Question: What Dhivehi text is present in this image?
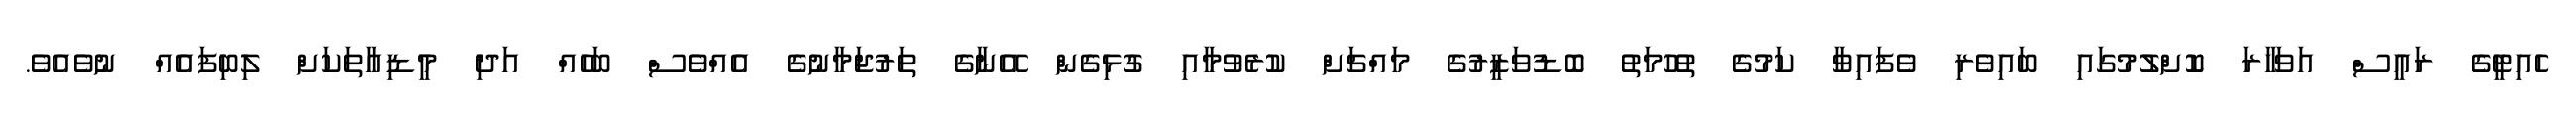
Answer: ހެއިޓީގެ ރައީސް އަވަހާރަ ކޮށްލުމުގައި ބައިވެރި ވެފައިވާ ކަމުގެ ތުހުމަތު ބޮޑުވަޒީރުގެ މައްޗަށް ކުރެވުމާއި ގުޅިގެން އޭނާގެ ތަރުޖަމާނުގެ އެއްވެސް ބަހެއް އަދި މީޑިއާތަކަށް ލިބިފައެއް ނުވެއެވެ.